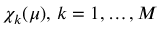
\chi _ { k } ( \mu ) , \, k = 1 , \dots , M